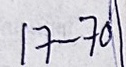
17 - 70